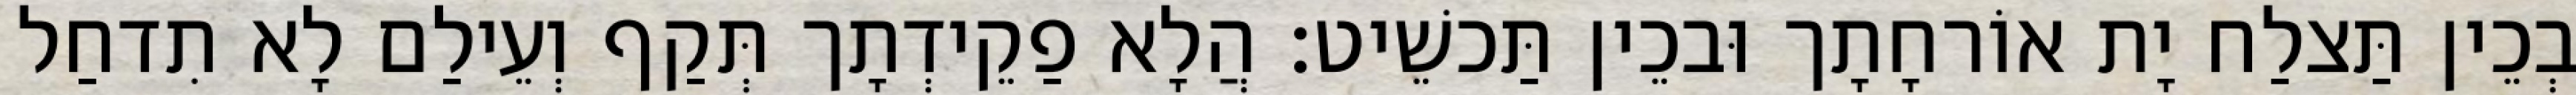
בְכֵין תַּצלַח יָת אוֹרחָתָך וּבכֵין תַּכשֵׁיט׃ הֲלָא פַקֵידְתָך תְּקַף וְעֵילַם לָא תִדחַל